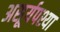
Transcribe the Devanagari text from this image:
असूर्यपश्या